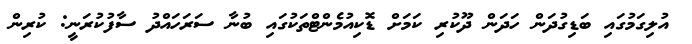
އުލިގަމުގައި ބަޑިގުދަން ހަދަން ދޫކުރި ކަމަށް ޑޮކިއުމެންޓްތަކުގައި ބުނާ ސަރަހައްދު ސާފުކުރަނީ: ކުރިން